Code of medical and sanitary regulations for the guidance of medical officers serving in the Madras Presidency - Volume I
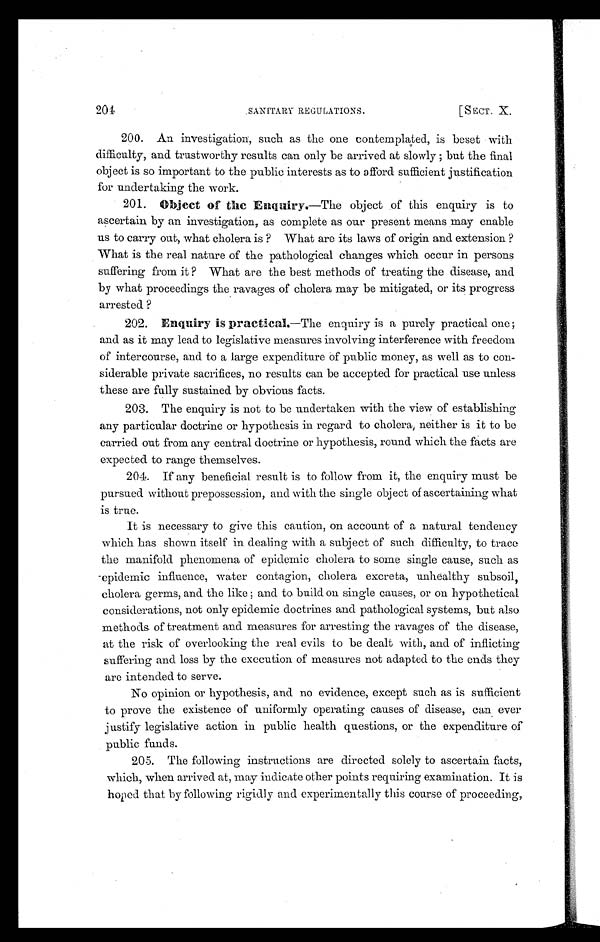
204
SANITARY REGULATIONS.
[SECT. X.
2 0 0 . A n i n v e s t i g a t i o n , s u c h a s t h e o n e c o n t e m p l a t e d , i s b e s e t w i t h
difficulty, and trustworthy results can only be arrived at slowly ; but the final
object is so important to the public interests as to afford sufficient justification
for undertaking the work.
2 0 1 .
O b j e c t o f t h e E n q u i r y .
— T h e o b j e c t o f t h i s e n q u i r y i s t o
ascertain by an investigation, as complete as our present means may enable
us to carry out, what cholera is ? What are its laws of origin and extension ?
What is the real nature of the pathological changes which occur in persons
suffering from it ? What are the best methods of treating the disease, and
by what proceedings the ravages of cholera may be mitigated, or its progress
arrested ?
2 0 2 .
E n q u i r y
i s
p r a c t i c a l .
— T h e e n q u i r y i s a p u r e l y p r a c t i c a l o n e ;
and as it may lead to legislative measures involving interference with freedom
of intercourse, and to a large expenditure of public money, as well as to con-
siderable private sacrifices, no results can be accepted for practical use unless
these are fully sustained by obvious facts.
2 0 3 . T h e e n q u i r y i s n o t t o b e u n d e r t a k e n w i t h t h e v i e w o f e s t a b l i s h i n g
any particular doctrine or hypothesis in regard to cholera, neither is it to be
carried out from any central doctrine or hypothesis, round which the facts are
expected to range themselves.
2 0 4 . I f a n y b e n e f i c i a l r e s u l t i s t o f o l l o w f r o m i t , t h e e n q u i r y m u s t b e
pursued without prepossession, and with the single object of ascertaining what
is true.
It is necessary to give this caution, on account of a natural tendency
which has shown itself in dealing with a subject of such difficulty, to trace
the manifold phenomena of epidemic cholera to some single cause, such as
epidemic influence, water contagion, cholera excreta, unhealthy subsoil,
cholera germs, and the like ; and to build on single causes, or on hypothetical
considerations, not only epidemic doctrines and pathological systems, but also
methods of treatment and measures for arresting the ravages of the disease,
at the risk of overlooking the real evils to be dealt with, and of inflicting
suffering and loss by the execution of measures not adapted to the ends they
are intended to serve.
No opinion or hypothesis, and no evidence, except such as is sufficient
to prove the existence of uniformly operating causes of disease, can ever
justify legislative action in public health questions, or the expenditure of
public funds.
2 0 5 . T h e f o l l o w i n g i n s t r u c t i o n s a r e d i r e c t e d s o l e l y t o a s c e r t a i n f a c t s ,
which, when arrived at, may indicate other points requiring examination. It is
hoped that by following rigidly and experimentally this course of proceeding,